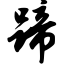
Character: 蹄